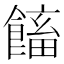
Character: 𩝲